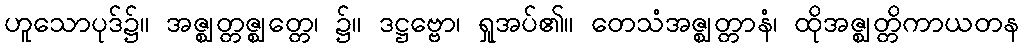
ဟူသောပုဒ်၌။ အဇ္ဈတ္တဇ္ဈတ္တေ၊ ၌။ ဒဋ္ဌဗ္ဗော၊ ရှုအပ်၏။ တေသံအဇ္ဈတ္တာနံ၊ ထိုအဇ္ဈတ္တိကာယတန